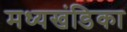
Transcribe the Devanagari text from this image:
मध्यखंडिका